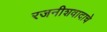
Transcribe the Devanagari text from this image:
रजनीशवादाचे